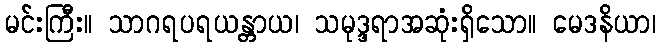
မင်းကြီး။ သာဂရပရယန္တာယ၊ သမုဒ္ဒရာအဆုံးရှိသော။ မေဒနိယာ၊